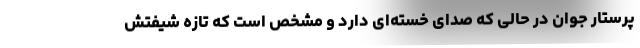
پرستار جوان در حالی که صدای خسته‌ای دارد و مشخص است که تازه شیفتش